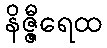
နိဇ္ဇီရေထ